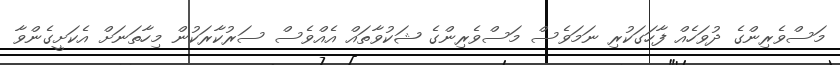
މަސްވެރިންގެ ދުވަހެއް ފާހަގަކުރި ނަމަވެސް މަސްވެރިންގެ ޝަކުވާތައް އެއްވެސް ސަރުކާރަކުން މިހާތަނަށް އެކަށީގެންވާ